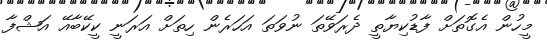
މީހުން އެގޮތަށް ފާޑުކިޔާތީ ދެރަވޭތަ ނުވަތަ އަހަރެން ހިތަށް އަރަނީ ކީކޭބާއޭ އަޝްފާ